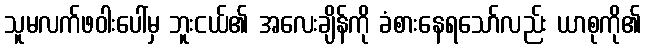
သူမလက်ဖဝါးပေါ်မှ ဘူးငယ်၏ အလေးချိန်ကို ခံစားနေရသော်လည်း ယာစုကို၏